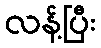
လန့်ပြီး